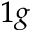
_ { 1 g }